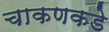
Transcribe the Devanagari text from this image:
चाकणकडे